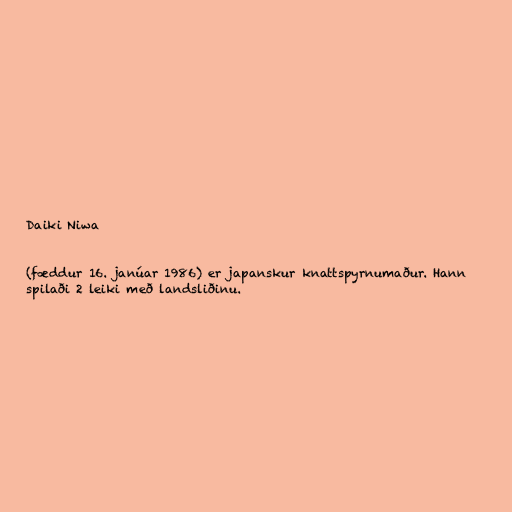
Daiki Niwa

(fæddur 16. janúar 1986) er japanskur knattspyrnumaður. Hann
spilaði 2 leiki með landsliðinu.